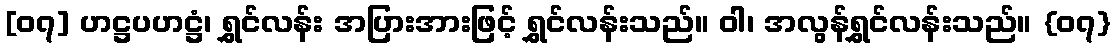
[၀၇] ဟဋ္ဌပဟဋ္ဌံ၊ ရွှင်လန်း အပြားအားဖြင့် ရွှင်လန်းသည်။ ဝါ၊ အလွန်ရွှင်လန်းသည်။ {၀၇}